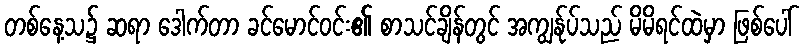
တစ်နေ့သ၌ ဆရာ ဒေါက်တာ ခင်မောင်ဝင်း၏ စာသင်ချိန်တွင် အကျွန်ုပ်သည် မိမိရင်ထဲမှာ ဖြစ်ပေါ်